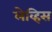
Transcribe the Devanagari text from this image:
लेव्हिस